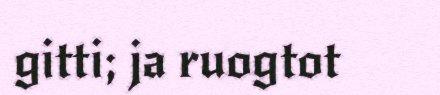
gitti; ja ruogtot